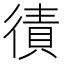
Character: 㣱